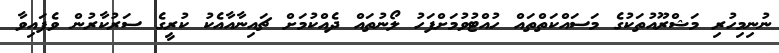
ނުނިމިހުރި މަޝްރޫއުތަކުގެ މަސައްކަތްތައް ހުއްޓުވުމަށްފަހު ލޯނުތައް ދެއްކުމަށް ޗައިނާއާއެކު ކުރީގެ ސަރުކާރުން ވެފައިވާ